Account of plague administration in the Bombay Presidency from September 1896 till May 1897
Year: 1896
Disease focus: Plague
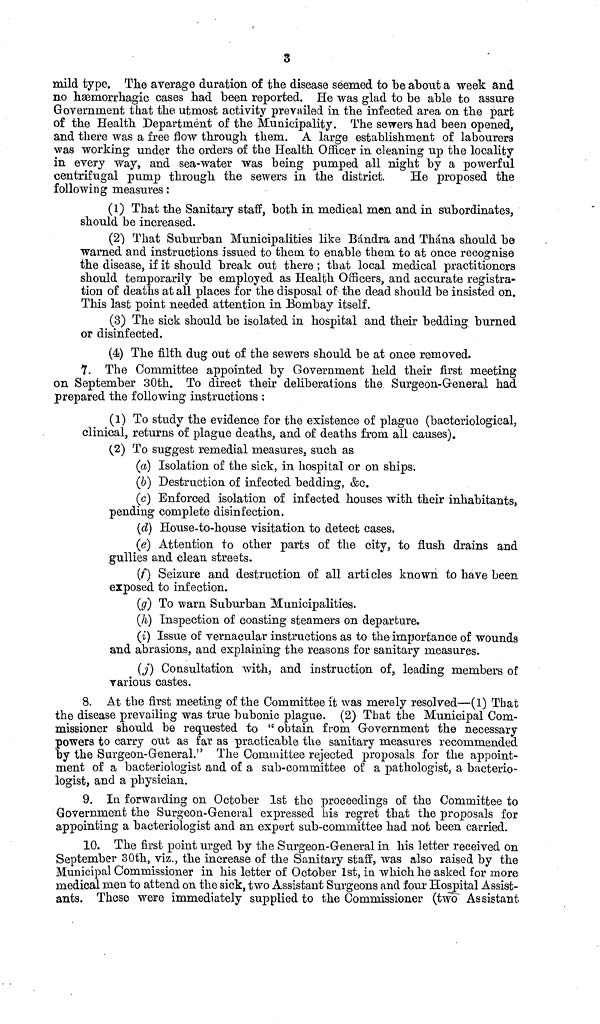
3
mild type. The average duration of the disease seemed to be about a week and
no hæmorrhagic cases had been reported. He was glad to be able to assure
Government that the utmost activity prevailed in the infected area on the part
of the Health Department of the Municipality. The sewers had been opened,
and there was a free flow through them. A large establishment of labourers
was working under the orders of the Health Officer in cleaning up the locality
in every way, and sea-water was being pumped all night by a powerful
centrifugal pump through the sewers in the district.
He proposed the
following measures :
(1) That the Sanitary staff, both in medical men and in subordinates,
should be increased.
(2) That Suburban Municipalities like Bándra and Thána should be
warned and instructions issued to them to enable them to at once recognise
the disease, if it should break out there ; that local medical practitioners
should temporarily be employed as Health Officers, and accurate registra-
tion of deaths at all places for the disposal of the dead should be insisted on.
This last point needed attention in Bombay itself.
(3) The sick should be isolated in hospital and their bedding burned
or disinfected.
(4) The filth dug out of the sewers should be at once removed.
7. The Committee appointed by Government held their first meeting
on September 30th. To direct their deliberations the Surgeon-General had
prepared the following instructions :
(1) To study the evidence for the existence of plague (bacteriological,
clinical, returns of plague deaths, and of deaths from all causes).
(2) To suggest remedial measures, such as
(a) Isolation of the sick, in hospital or on ships.
(b) Destruction of infected bedding, &c.
(c) Enforced isolation of infected houses with their inhabitants,
pending complete disinfection.
(d) House-to-house visitation to detect cases.
(e) Attention to other parts of the city, to flush drains and
gullies and clean streets.
(f) Seizure and destruction of all articles known to have been
exposed to infection.
(g) To warn Suburban Municipalities.
(h) Inspection of coasting steamers on departure.
(i) Issue of vernacular instructions as to the importance of wounds
and abrasions, and explaining the reasons for sanitary measures.
(j) Consultation with, and instruction of, leading members of
various castes.
8. At the first meeting of the Committee it was merely resolved—(1) That
the disease prevailing was true bubonic plague. (2) That the Municipal Com-
missioner should be requested to " obtain from Government the necessary
powers to carry out as far as practicable the sanitary measures recommended
by the Surgeon-General." The Committee rejected proposals for the appoint-
ment of a bacteriologist and of a sub-committee of a pathologist, a bacterio-
logist, and a physician.
9. In forwarding on October 1st the proceedings of the Committee to
Government the Surgeon-General expressed his regret that the proposals for
appointing a bacteriologist and an expert sub-committee had not been carried.
10. The first point urged by the Surgeon-General in his letter received on
September 30th, viz., the increase of the Sanitary staff, was also raised by the
Municipal Commissioner in his letter of October 1st, in which he asked for more
medical men to attend on the sick, two Assistant Surgeons and four Hospital Assist-
ants. These were immediately supplied to the Commissioner (two Assistant